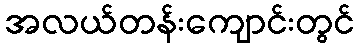
အလယ်တန်းကျောင်းတွင်